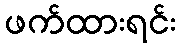
ဖက်ထားရင်း